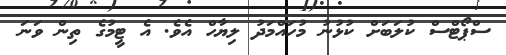
ސްޕޯޓްސް ކުލަބަށް ކުޅުނު މުހައްމަދު ލިޔާހް އެވެ. އެ ޓީމުގެ ތިން ވަނަ